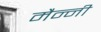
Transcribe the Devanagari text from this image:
मैन्नी